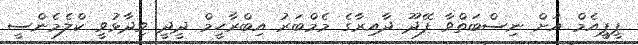
ޕީޕީއެމް އަށް ނިސްބަތްވާ ފޭދޫ ދާއިރާގެ މެމްބަރު އިބްރާހީމް ދީދީ ވިދާޅުވީ ކްލެމެންސީ